Leaving Certificate Examination, 1914
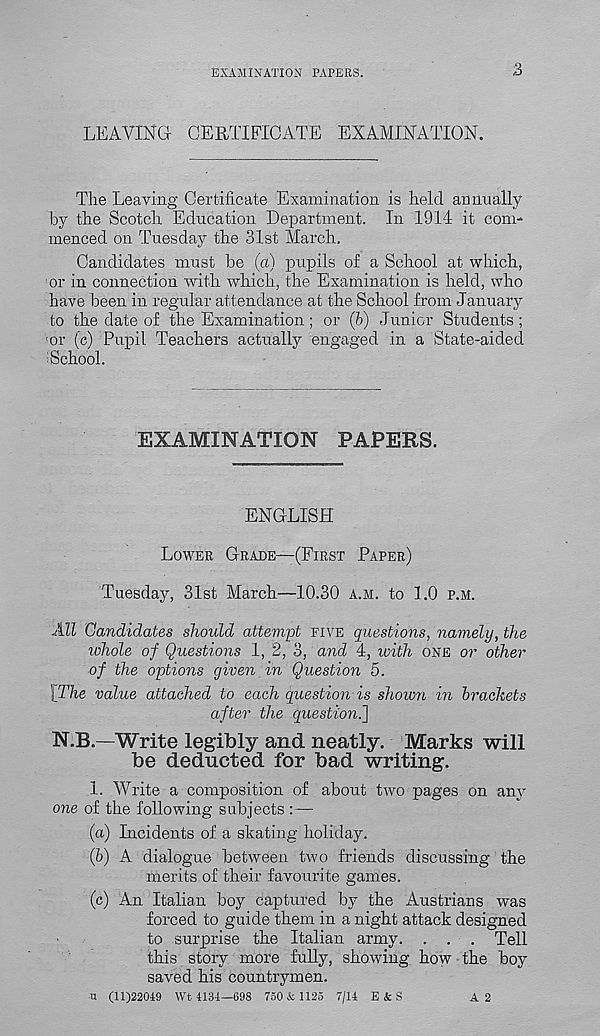
EXAMINATION PAPERS.
3
LEAVING CERTIFICATE EXAMINATION.
The Leaving Certificate Examination is held annually
by the Scotch Education Department. In 1914 it com-
menced on Tuesday the 31st March.
Candidates must be (a) pupils of a School at which,
■ or in connection with which, the Examination is held, who
have been in regular attendance at the School from January
to the date of the Examination; or (b) J unior Students ;
>or (c) Pupil Teachers actually engaged in a State-aided
■ School.
EXAMINATION PAPERS.
ENGLISH
LOWER GRADE—(FIRST PAPER)
Tuesday, 31st March—10.30 A.M. to 1.0 P.M.
All Candidates should attempt FIVE questions, namely, the
whole of Questions 1, 2, 3, and 4, zoith ONE O?' other
of the options given in Question 5.
'[The value attached to each question is shown in brackets
after the question.}
N.B.—Write legibly and neatly. Marks will
be deducted for bad writing.
1. Write a composition of about two pages on any
one of the following subjects :—
(a) Incidents of a skating holiday.
(b) A dialogue between two friends discussing the
merits of their favourite games.
(c) An Italian boy captured by the Austrians was
forced to guide them in a night attack designed
to surprise the Italian army. . . . Tell
this story more fully, showing how the boy
saved his countrymen.
u (11)22019 Wt 1134—698 750 & 1125 7/11 E&S
A 2